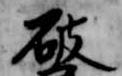
破